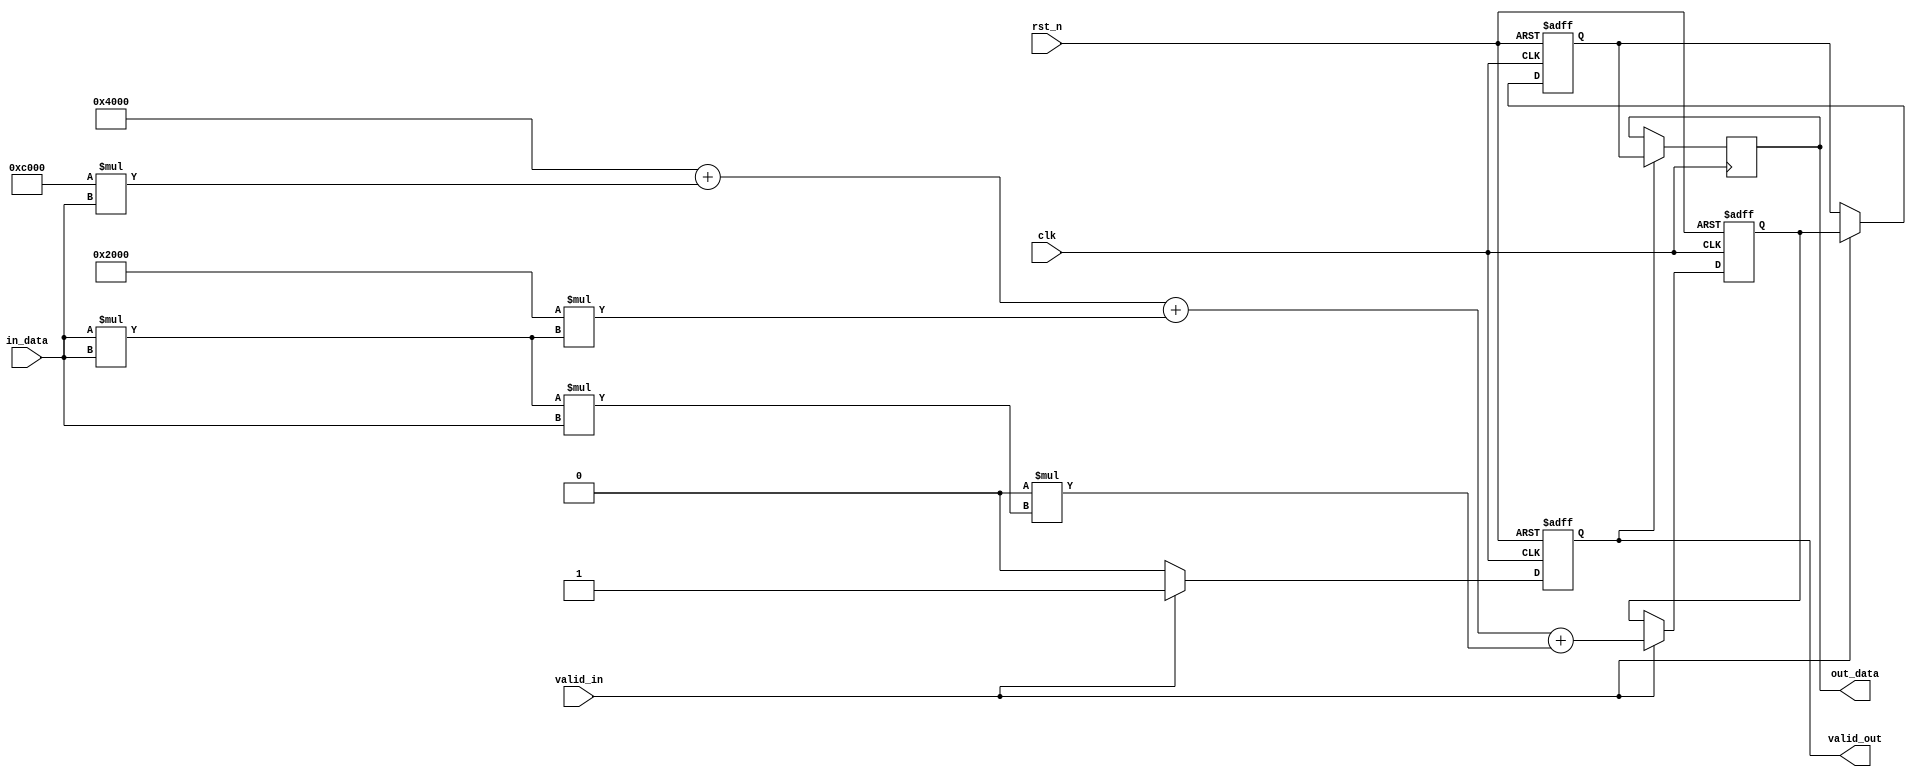
module polynomial_reciprocal #(
    parameter N = 16,           // Input width
    parameter M = 16,           // Output width
    parameter K = 3             // Degree of polynomial
)(
    input  wire                  clk,
    input  wire                  rst_n,
    input  wire [N-1:0]         in_data, // Input data (positive numbers in range [0, 1])
    input  wire                  valid_in, // Input valid signal
    output reg  [M-1:0]         out_data, // Output data (reciprocal)
    output reg                  valid_out  // Output valid signal
);

    // Polynomial coefficients (example coefficients for R(x))
    // These coefficients should be optimized based on the desired range and accuracy.
    localparam [M-1:0] a0 = 16'h4000; // 1.0
    localparam [M-1:0] a1 = 16'hC000; // -1.0
    localparam [M-1:0] a2 = 16'h2000; // +0.5
    localparam [M-1:0] a3 = 16'h0000; // +0.0 (add more if needed for higher-order)

    // Internal registers for pipeline stages
    reg [N-1:0]  input_reg;
    reg [M-1:0]  result_reg;
    reg [M-1:0]  polynomial_reg;

    // Compute polynomial approximation
    function [M-1:0] polynomial_approximation;
        input [N-1:0] x;
        reg [M-1:0] x_squared;
        begin
            x_squared = (x * x) >> (N - M); // Adjust width for multiplication
            polynomial_approximation = a0 + (a1 * x) + (a2 * x_squared) + (a3 * (x_squared * x)); // Add more if needed
        end
    endfunction

    // Sequential logic for pipelining
    always @(posedge clk or negedge rst_n) begin
        if (!rst_n) begin
            input_reg <= 0;
            polynomial_reg <= 0;
            result_reg <= 0;
            valid_out <= 0;
        end else begin
            if (valid_in) begin
                input_reg <= in_data;                           // Stage 1: Input register
                polynomial_reg <= polynomial_approximation(in_data); // Stage 2: Compute polynomial
                result_reg <= polynomial_reg;                  // Stage 3: Store result
                valid_out <= 1;                                // Output valid
            end else begin
                valid_out <= 0;                                // Reset output valid if input is not valid
            end
        end
    end

    // Output assignment
    always @(posedge clk) begin
        if (valid_out) begin
            out_data <= result_reg;                        // Output the result
        end
    end

endmodule